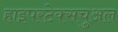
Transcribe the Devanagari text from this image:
हाइपरटेक्सचुअल